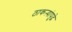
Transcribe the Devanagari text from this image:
ठाकऱ्यांपुढे